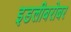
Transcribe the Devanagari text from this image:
इडलीबरोबर